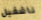
ناشفيل